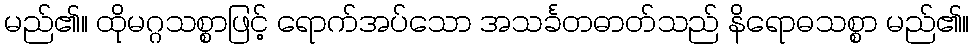
မည်၏။ ထိုမဂ္ဂသစ္စာဖြင့် ရောက်အပ်သော အသင်္ခတဓာတ်သည် နိရောဓသစ္စာ မည်၏။